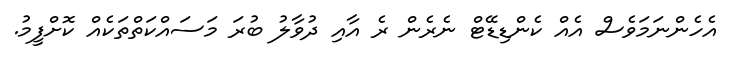
އެހެންނަމަވެސް އެއް ކެންޑިޑޭޓް ނެރެން ރެ އާއި ދުވާލު ބުރަ މަސައްކަތްތަކެއް ކޮށްފީމު.